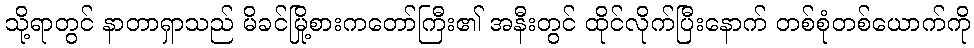
သို့ရာတွင် နာတာရှာသည် မိခင်မြို့စားကတော်ကြီး၏ အနီးတွင် ထိုင်လိုက်ပြီးနောက် တစ်စုံတစ်ယောက်ကို